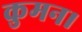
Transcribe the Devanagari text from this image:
कुमन।